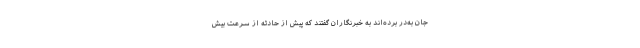
جان به‌‌در برده‌اند به خبرنگاران گفتند که پیش از حادثه از سرعت بیش